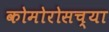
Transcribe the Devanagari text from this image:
कोमोरोसच्या